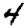
Digit: 4